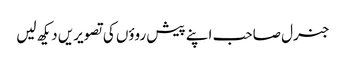
جنرل صاحب اپنے پیش روؤں کی تصویریں دیکھ لیں